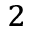
^ 2